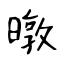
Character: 暾